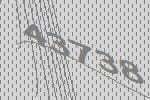
43738